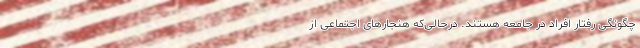
چگونگی رفتار افراد در جامعه هستند. درحالی‌که هنجارهای اجتماعی از